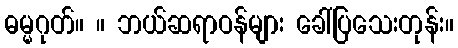
ဓမ္မဂုတ်။ ။ ဘယ်ဆရာဝန်များ ခေါ်ပြသေးတုန်း။